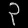
Digit: ၃